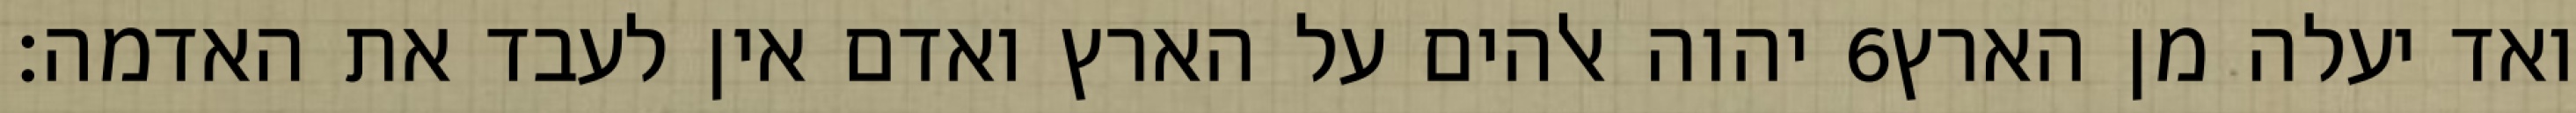
יהוה אלהים על הארץ ואדם אין לעבד את האדמה׃ ‎6‏ ואד יעלה מן הארץ